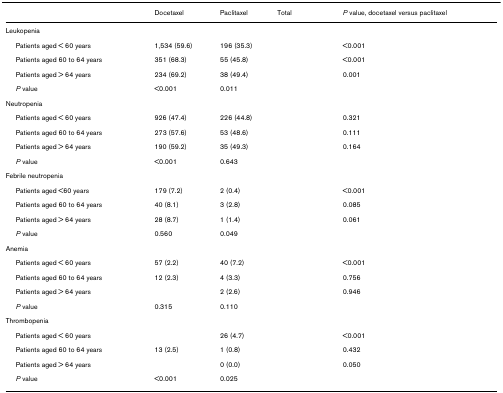
<table><thead><tr><td>[EMPTY_CELL]</td><td><b>Docetaxel</b></td><td><b>Paclitaxel</b></td><td><b>Total</b></td><td><b><i>P </i>value, docetaxel versus paclitaxel</b></td></tr></thead><tbody><tr><td>Leukopenia</td><td>[EMPTY_CELL]</td><td>[EMPTY_CELL]</td><td>[EMPTY_CELL]</td><td>[EMPTY_CELL]</td></tr><tr><td> Patients aged &lt; 60 years</td><td>1,534 (59.6)</td><td>196 (35.3)</td><td>[EMPTY_CELL]</td><td>&lt;0.001</td></tr><tr><td> Patients aged 60 to 64 years</td><td>351 (68.3)</td><td>55 (45.8)</td><td>[EMPTY_CELL]</td><td>&lt;0.001</td></tr><tr><td> Patients aged &gt; 64 years</td><td>234 (69.2)</td><td>38 (49.4)</td><td>[EMPTY_CELL]</td><td>0.001</td></tr><tr><td> <i>P </i>value</td><td>&lt;0.001</td><td>0.011</td><td>[EMPTY_CELL]</td><td>[EMPTY_CELL]</td></tr><tr><td>Neutropenia</td><td>[EMPTY_CELL]</td><td>[EMPTY_CELL]</td><td>[EMPTY_CELL]</td><td>[EMPTY_CELL]</td></tr><tr><td> Patients aged &lt; 60 years</td><td>926 (47.4)</td><td>226 (44.8)</td><td>[EMPTY_CELL]</td><td>0.321</td></tr><tr><td> Patients aged 60 to 64 years</td><td>273 (57.6)</td><td>53 (48.6)</td><td>[EMPTY_CELL]</td><td>0.111</td></tr><tr><td> Patients aged &gt; 64 years</td><td>190 (59.2)</td><td>35 (49.3)</td><td>[EMPTY_CELL]</td><td>0.164</td></tr><tr><td> <i>P </i>value</td><td>&lt;0.001</td><td>0.643</td><td>[EMPTY_CELL]</td><td>[EMPTY_CELL]</td></tr><tr><td>Febrile neutropenia</td><td>[EMPTY_CELL]</td><td>[EMPTY_CELL]</td><td>[EMPTY_CELL]</td><td>[EMPTY_CELL]</td></tr><tr><td> Patients aged &lt;60 years</td><td>179 (7.2)</td><td>2 (0.4)</td><td>[EMPTY_CELL]</td><td>&lt;0.001</td></tr><tr><td> Patients aged 60 to 64 years</td><td>40 (8.1)</td><td>3 (2.8)</td><td>[EMPTY_CELL]</td><td>0.085</td></tr><tr><td> Patients aged &gt; 64 years</td><td>28 (8.7)</td><td>1 (1.4)</td><td>[EMPTY_CELL]</td><td>0.061</td></tr><tr><td> <i>P </i>value</td><td>0.560</td><td>0.049</td><td>[EMPTY_CELL]</td><td>[EMPTY_CELL]</td></tr><tr><td>Anemia</td><td>[EMPTY_CELL]</td><td>[EMPTY_CELL]</td><td>[EMPTY_CELL]</td><td>[EMPTY_CELL]</td></tr><tr><td> Patients aged &lt; 60 years</td><td>57 (2.2)</td><td>40 (7.2)</td><td>[EMPTY_CELL]</td><td>&lt;0.001</td></tr><tr><td> Patients aged 60 to 64 years</td><td>12 (2.3)</td><td>4 (3.3)</td><td>[EMPTY_CELL]</td><td>0.756</td></tr><tr><td> Patients aged &gt; 64 years</td><td>[EMPTY_CELL]</td><td>2 (2.6)</td><td>[EMPTY_CELL]</td><td>0.946</td></tr><tr><td> <i>P </i>value</td><td>0.315</td><td>0.110</td><td>[EMPTY_CELL]</td><td>[EMPTY_CELL]</td></tr><tr><td>Thrombopenia</td><td>[EMPTY_CELL]</td><td>[EMPTY_CELL]</td><td>[EMPTY_CELL]</td><td>[EMPTY_CELL]</td></tr><tr><td> Patients aged &lt; 60 years</td><td>[EMPTY_CELL]</td><td>26 (4.7)</td><td>[EMPTY_CELL]</td><td>&lt;0.001</td></tr><tr><td> Patients aged 60 to 64 years</td><td>13 (2.5)</td><td>1 (0.8)</td><td>[EMPTY_CELL]</td><td>0.432</td></tr><tr><td> Patients aged &gt; 64 years</td><td>[EMPTY_CELL]</td><td>0 (0.0)</td><td>[EMPTY_CELL]</td><td>0.050</td></tr><tr><td> <i>P </i>value</td><td>&lt;0.001</td><td>0.025</td><td>[EMPTY_CELL]</td><td>[EMPTY_CELL]</td></tr></tbody></table>